Black-water fever - Number 35
Disease focus: Fever
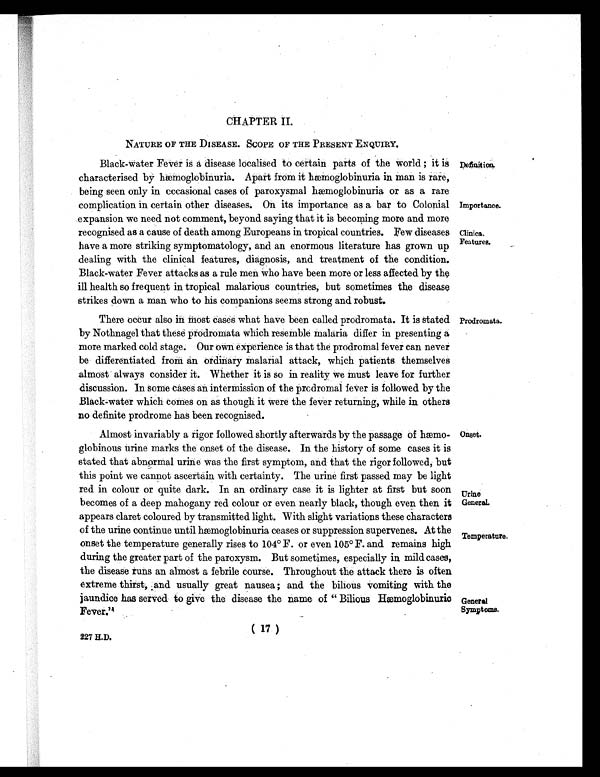
CHAPTER II.
NATURE OF THE DISEASE. SCOPE OF THE PRESENT ENQUIRY.
Black-water Fever is a disease localised to certain parts of the world ; it is Definition.
characterised by hæmoglobinuria. Apart from it hæmoglobinuria in man is rare,
being seen only in occasional cases of paroxysmal hæmoglobinuria or as a rare
complication in certain other diseases. On its importance as a bar to Colonial Importance
. expansion we need not comment, beyond saying that it is becoming more and more
recognised as a cause of death among Europeans in tropical countries. Few diseases
Clinica Features. have a more striking symptomatology, and an enormous literature has grown up Features.
dealing with the clinical features, diagnosis, and treatment of the condition.
Black-water Fever attacks as a rule men who have been more or less affected by the
ill health so frequent in tropical malarious countries, but sometimes the disease
strikes down a man who to his companions seems strong and robust.
There occur also in most cases what have been called prodromata. It is stated Prodromata.
by Nothnagel that these prodromata which resemble malaria differ in presenting a
more marked cold stage. Our own experience is that the prodromal fever can never
be differentiated from an ordinary malarial attack, which patients themselves
almost always consider it. Whether it is so in reality we must leave for further
discussion. In some Cases an intermission of the prodromal fever is followed by the
Black water which comes on as though it were the fever returning, while in others
no definite prodrome has been recognised.
Almost invariably a rigor followed shortly afterwards by the passage of hæmo- Onset.
globinous urine marks the onset of the disease. In the history of some cases it is
stated that abnormal urine was the first symptom, and that the rigor followed, but
this point we cannot ascertain with certainty. The urine first passed may be light
red in colour or quite dark. In an ordinary case it is lighter at first but soon Urine
becomes of a deep mahogany red colour or even nearly black, though even then it General.
appears claret coloured by transmitted light. With slight variations these characters
of the urine continue until hæmoglobinuria ceases or suppression supervenes. At the Temperature.
onset the temperature generally rises to 104° F. or even 105° F. and remains high
during the greater part of the paroxysm. But sometimes, especially in mild cases,
the disease runs an almost a febrile course. Throughout the attack there is often
extreme thirst, :and usually great nausea; and the bilious vomiting with the
jaundice has served to give the disease the name of " Bilious hæemoglobinuric General
Symptoms
. Fever."
(17)
227 H.D.